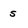
Character: s